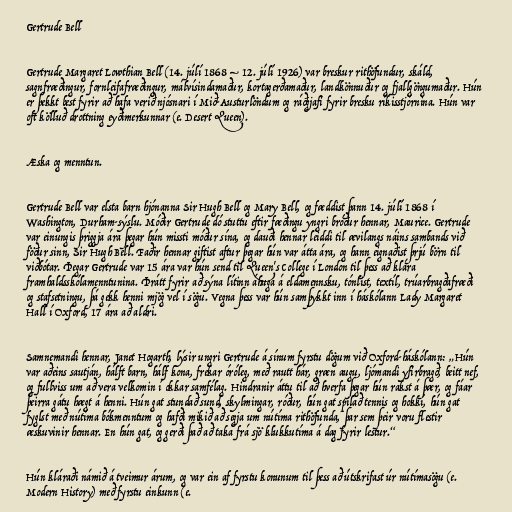
Gertrude Bell

Gertrude Margaret Lowthian Bell (14. júlí 1868 – 12. júlí 1926) var breskur rithöfundur, skáld,
sagnfræðingur, fornleifafræðingur, málvísindamaður, kortagerðamaður, landkönnuður og fjallgöngumaður. Hún
er þekkt best fyrir að hafa verið njósnari í Mið-Austurlöndum og ráðgjafi fyrir bresku ríkisstjórnina. Hún var
oft kölluð drottning eyðimerkunnar (e. Desert Queen).

Æska og menntun.

Gertrude Bell var elsta barn hjónanna Sir Hugh Bell og Mary Bell, og fæddist þann 14. júlí 1868 í
Washington, Durham-sýslu. Móðir Gertrude dó stuttu eftir fæðingu yngri bróður hennar, Maurice. Gertrude
var einungis þriggja ára þegar hún missti móður sína, og dauði hennar leiddi til ævilangs náins sambands við
föður sinn, Sir Hugh Bell. Faðir hennar giftist aftur þegar hún var átta ára, og hann eignaðist þrjú börn til
viðbótar. Þegar Gertrude var 15 ára var hún send til Queen's College í London til þess að klára
framhaldsskólamenntunina. Þrátt fyrir að sýna lítinn áhuga á eldamennsku, tónlist, textíl, trúarbragðafræði
og stafsetningu, þá gekk henni mjög vel í sögu. Vegna þess var hún samþykkt inn í háskólann Lady Margaret
Hall í Oxford, 17 ára að aldri.

Samnemandi hennar, Janet Hogarth, lýsir ungri Gertrude á sínum fyrstu dögum við Oxford-háskólann: „Hún
var aðeins sautján, hálft barn, hálf kona, frekar óróleg, með rautt hár, græn augu, ljómandi yfirbragð, beitt nef,
og fullviss um að vera velkomin í okkar samfélag. Hindranir áttu til að hverfa þegar hún rakst á þær, og fáar
þeirra gátu hægt á henni. Hún gat stundað sund, skylmingar, róður, hún gat spilað tennis og hokkí, hún gat
fyglst með nútíma bókmenntum og hafði mikið að segja um nútíma rithöfunda, þar sem þeir voru flestir
æskuvinir hennar. En hún gat, og gerði það að taka frá sjö klukkutíma á dag fyrir lestur.“

Hún kláraði námið á tveimur árum, og var ein af fyrstu konunum til þess að útskrifast úr nútímasögu (e.
Modern History) með fyrstu einkunn (e.